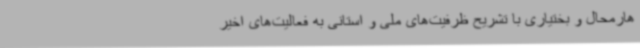
هارمحال و بختیاری با تشریح ظرفیت‌های ملی و استانی به فعالیت‌های اخیر